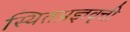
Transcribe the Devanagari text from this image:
स्थितप्रज्ञवृत्ती